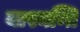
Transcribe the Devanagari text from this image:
यास्यन्ति